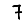
Digit: 7